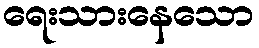
ရေးသားနေသော